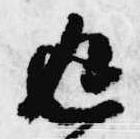
返